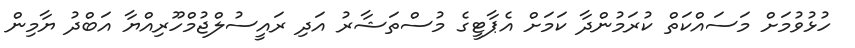
ހުޅުވުމަށް މަސައްކަތް ކުރަމުންދާ ކަމަށް އެޕާޓީގެ މުސްތަޝާރު އަދި ރައީސުލްޖުމްހޫރިއްޔާ އަބްދު ޔާމިން